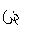
Letter: _dad